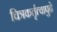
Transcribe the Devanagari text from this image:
चित्रकर्तृत्वापुढे